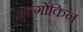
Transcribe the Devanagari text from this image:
अल्गोंकिन